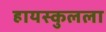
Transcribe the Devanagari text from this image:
हायस्कुलला